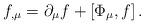
LaTeX: \begin{align*}f_{,\mu}=\partial_\mu f + [\Phi_\mu ,f] \,. \end{align*}